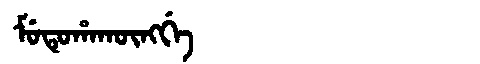
Manchu: ᠮᡠᡨᡠᡥᠠᡴᡡᠩᡤᡝ
Romanization: MUTUHAKŪNGGE